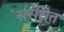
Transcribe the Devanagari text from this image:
सरंचित